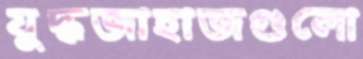
যুদ্ধজাহাজগুলো